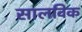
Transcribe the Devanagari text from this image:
सालविक